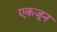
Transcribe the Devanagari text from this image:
एकजून